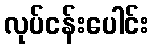
လုပ်ငန်းပေါင်း